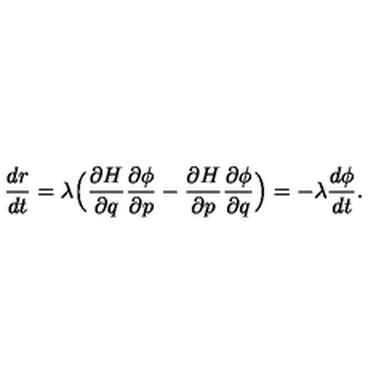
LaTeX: \frac { d r } { d t } = \lambda \Big ( \frac { \partial H } { \partial q } \frac { \partial \phi } { \partial p } - \frac { \partial H } { \partial p } \frac { \partial \phi } { \partial q } \Big ) = - \lambda \frac { d \phi } { d t } .